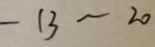
- 1 3 \sim 2 0